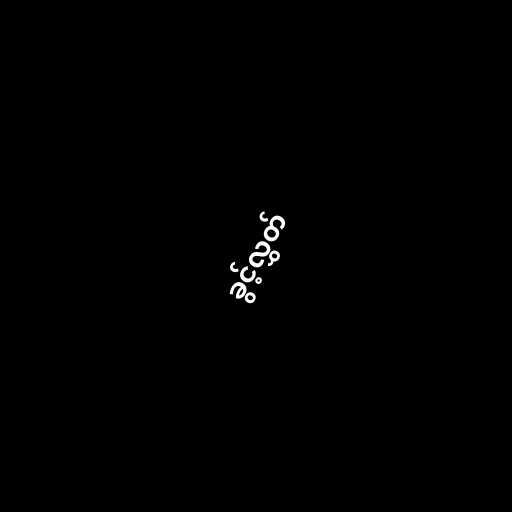
ခွင့်လွှတ်